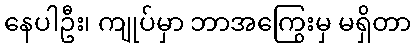
နေပါဦး၊ ကျုပ်မှာ ဘာအကြွေးမှ မရှိတာ